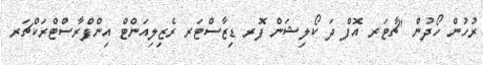
ރުހުން ހޯދުން "ޗާޓަރ އޮފް ދަ ކޯލިޝަން ފޮރ ޑިޒާސްޓަރ ރެޒިލިއަންޓް އިންފްރާސްޓްރަކްޗަރ